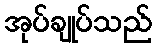
အုပ်ချုပ်သည်